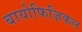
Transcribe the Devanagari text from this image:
बायोफिज़िकल